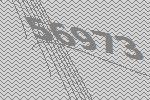
56973